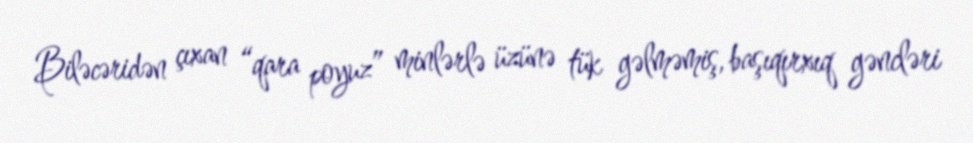
Biləcəridən çıxan “qara poyuz” minlərlə üzünə tük gəlməmiş, başıqırxıq gəncləri